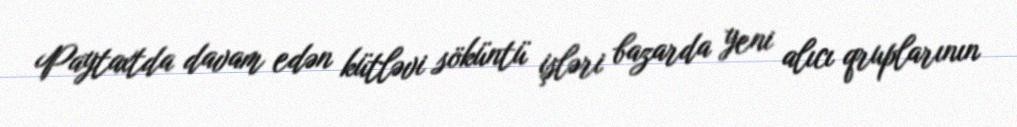
Paytaxtda davam edən kütləvi söküntü işləri bazarda yeni alıcı qruplarının